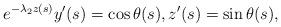
LaTeX: \begin{align*}e^{-\lambda_2 z(s)} y'(s) = \cos \theta(s), z'(s)=\sin\theta(s),\end{align*}